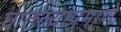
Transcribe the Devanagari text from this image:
घातल्याप्रमाणे